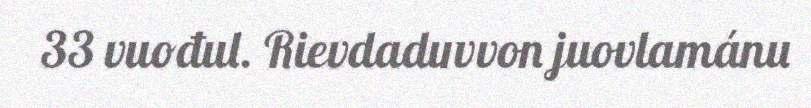
33 vuođul. Rievdaduvvon juovlamánu